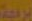
برفعة